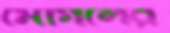
মোগলের